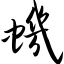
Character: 虮